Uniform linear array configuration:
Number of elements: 24
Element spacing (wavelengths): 0.5
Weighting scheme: blackman
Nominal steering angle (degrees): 30
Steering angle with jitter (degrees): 30.825
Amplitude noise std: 0.05
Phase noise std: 0.05

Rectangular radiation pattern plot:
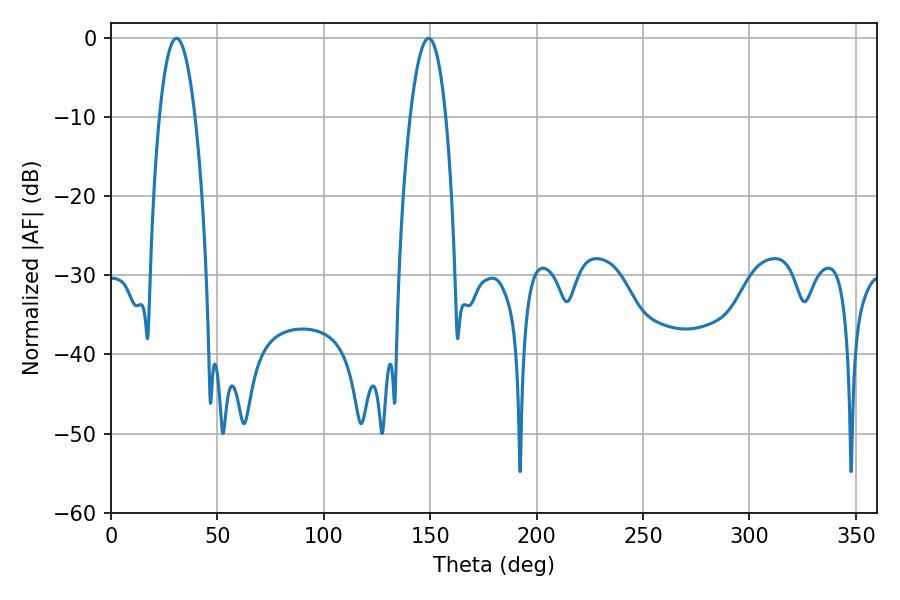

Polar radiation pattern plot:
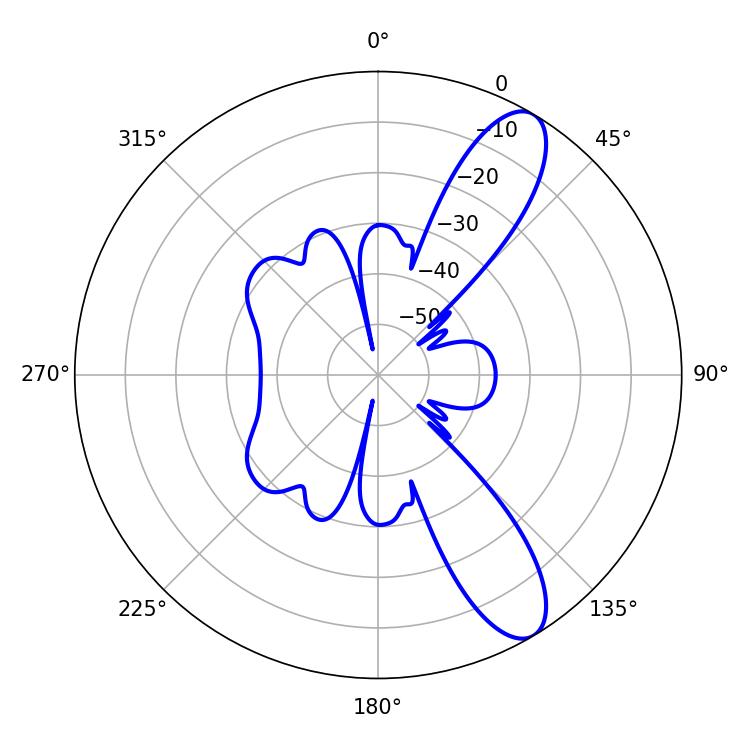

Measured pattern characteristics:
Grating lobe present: FALSE
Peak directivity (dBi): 10.54
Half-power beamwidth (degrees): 9.18
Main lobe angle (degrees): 30.78